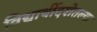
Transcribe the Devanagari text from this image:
विद्यार्थीदशेतल्या